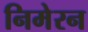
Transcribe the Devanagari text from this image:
निमेरन